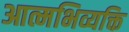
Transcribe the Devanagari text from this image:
आत्मभिव्यक्ति